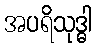
အပရိသုဒ္ဓါ